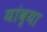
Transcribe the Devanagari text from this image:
यांव्या